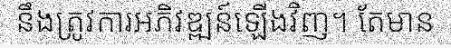
នឹងត្រូវការអភិវឌ្ឍន៍ឡើងវិញ។ តែមាន